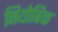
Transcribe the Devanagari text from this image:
नियोबिक